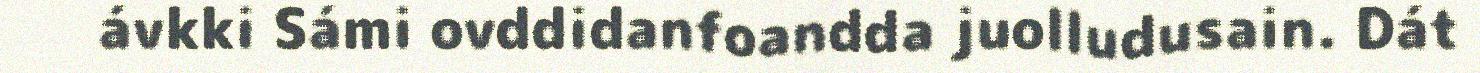
ávkki Sámi ovddidanfoandda juolludusain. Dát